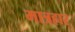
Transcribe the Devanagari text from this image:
मात्रहार